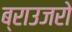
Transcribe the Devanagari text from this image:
ब्राउजरो